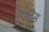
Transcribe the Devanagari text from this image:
टेपटेम